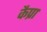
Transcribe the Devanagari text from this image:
कैप्रा